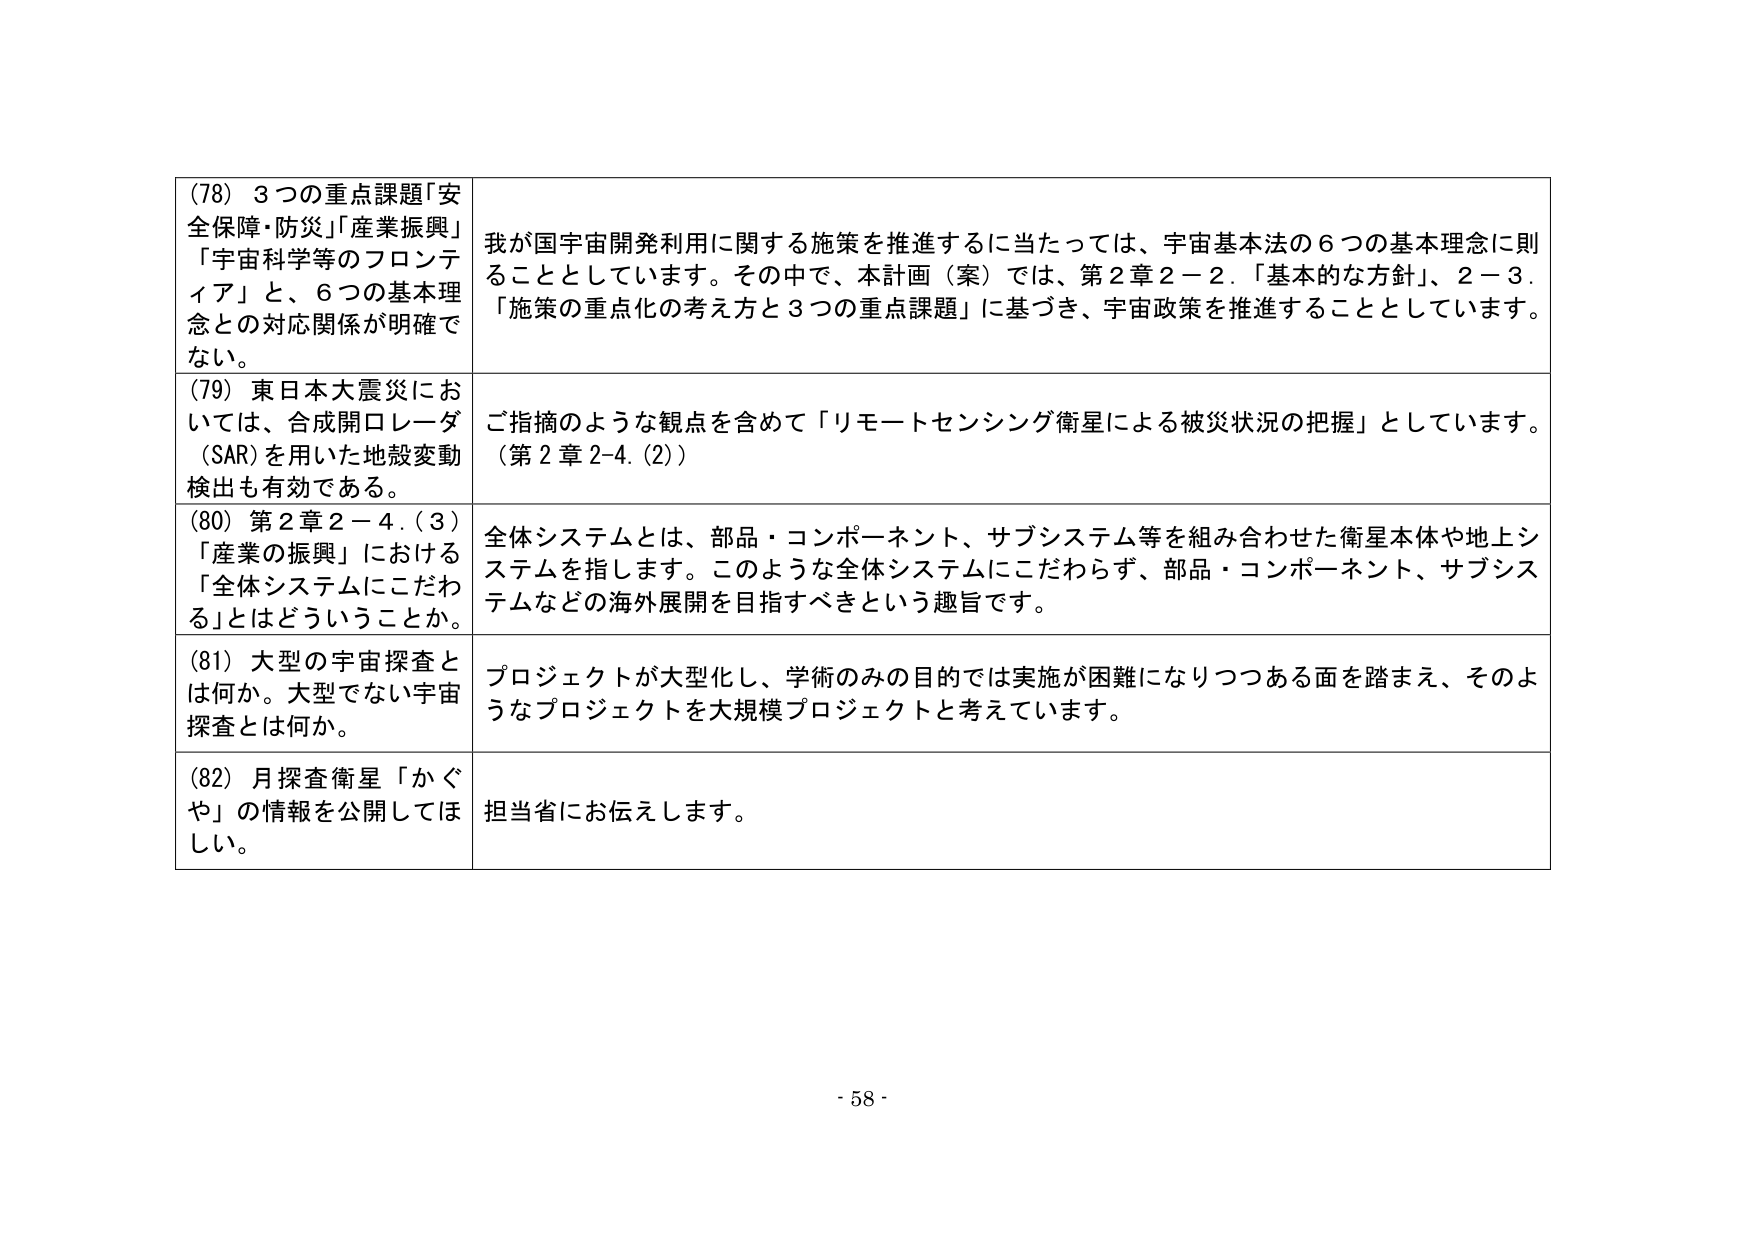
(78) 3つの重点課題「安全保障・防災」「産業振興」「宇宙科学等のフロンティア」と、6つの基本理念との対応関係が明確でない。

我が国宇宙開発利用に関する施策を推進するに当たっては、宇宙基本法の6つの基本理念に則ることとしています。その中で、本計画（案）では、第2章2－2．「基本的な方針」、2－3．「施策の重点化の考え方と3つの重点課題」に基づき、宇宙政策を推進することとしています。

(79) 東日本大震災においては、合成開口レーダ（SAR）を用いた地殻変動検出も有効である。

ご指摘のような観点を含めて「リモートセンシング衛星による被災状況の把握」としています。（第2章2-4.（2））

(80) 第2章2－4．（3）「産業の振興」における「全体システムにこだわる」とはどういうことか。

全体システムとは、部品・コンポーネント、サブシステム等を組み合わせた衛星本体や地上システムを指します。このような全体システムにこだわらず、部品・コンポーネント、サブシステムなどの海外展開を目指すべきという趣旨です。

(81) 大型の宇宙探査とは何か。大型でない宇宙探査とは何か。

プロジェクトが大型化し、学術のみの目的では実施が困難になりつつある面を踏まえ、そのようなプロジェクトを大規模プロジェクトと考えています。

(82) 月探査衛星「かぐや」の情報を公開してほしい。

担当省にお伝えします。

- 58 -